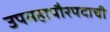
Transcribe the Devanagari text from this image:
उपमहापौरपदाची